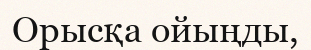
Орысқа ойыңды,